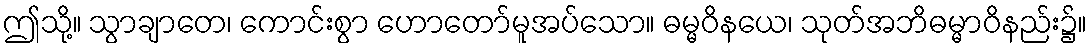
ဤသို့။ သွာချာတေ၊ ကောင်းစွာ ဟောတော်မူအပ်သော။ ဓမ္မဝိနယေ၊ သုတ်အဘိဓမ္မာဝိနည်း၌။